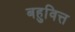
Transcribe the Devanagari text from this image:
बहुवित्त